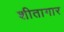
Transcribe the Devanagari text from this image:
शीतागार